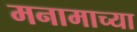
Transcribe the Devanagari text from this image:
मनामाच्या